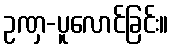
ဥဏှ-ပူလောင်ခြင်း။